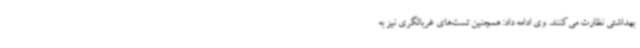
بهداشتی نظارت می‌کنند. وی ادامه داد: همچنین تست‌های غربالگری نیز به